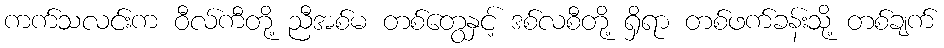
ကက်သလင်းက ဝီလ်ကီတို့ ညီအစ်မ တစ်တွေနှင့် ဒစ်လစီတို့ ရှိရာ တစ်ဖက်ခန်းသို့ တစ်ချက်